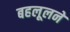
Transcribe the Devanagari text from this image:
बहलूलने